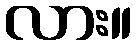
လား။